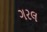
ગરલ